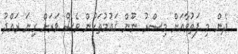
ދެން މި ފަތުވާއަށް މިޞްރު ނޫން ޤައުމުތަކުން ވެސް ވަރަށް ގިނަ ރައްދު